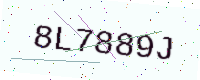
Text: 8L7889J